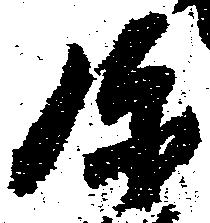
弥